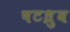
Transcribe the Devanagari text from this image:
षटध्रुव